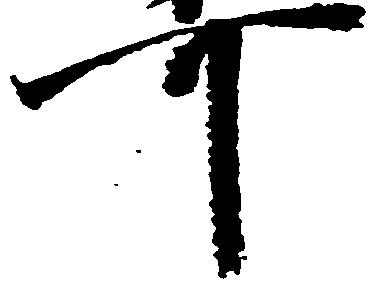
可